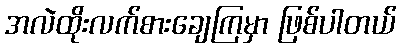
အလဲထိုးလက်စားချေကြမှာ ဖြစ်ပါတယ်